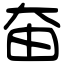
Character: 𡘊